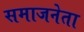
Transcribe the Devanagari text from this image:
समाजनेता